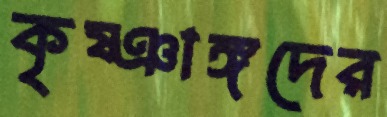
কৃষ্ঞাঙ্গদের